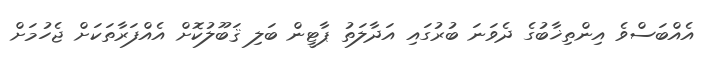
އެއްބަސްވެ އިންތިޚާބުގެ ދެވަނަ ބުރުގައި އަދާލަތު ޕާޓީން ބަލި ޤަބޫލުކޮށް އެއްފަރާތަކަށް ޖެހުމަށް